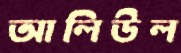
আলিউল